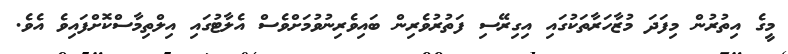
މީގެ އިތުރުން މިފަދަ މުޒާހަރާތަކުގައި އިގިރޭސި ފަތުރުވެރިން ބައިވެރިނުވުމަށްވެސް އެލާޓުގައި އިލްތިމާސްކޮށްފައިވެ އެވެ.